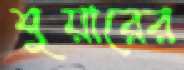
শুয়ারের